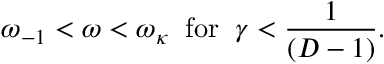
\omega _ { - 1 } < \omega < \omega _ { \kappa } \; \; \mathrm { f o r } \; \; \gamma < \frac { 1 } { ( D - 1 ) } .